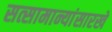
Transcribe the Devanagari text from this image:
सत्सामान्यांसारखे